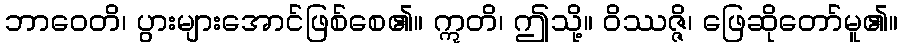
ဘာဝေတိ၊ ပွားများအောင်ဖြစ်စေ၏။ ဣတိ၊ ဤသို့။ ဝိဿဇ္ဇိ၊ ဖြေဆိုတော်မူ၏။